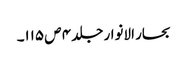
بحار الانوار جلد ۴ ص ۱۱۵۔